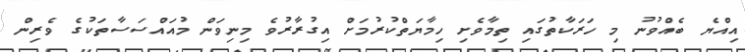
އިއްޔެ ބެއްވުނު މި ހަރަކާތުގައި ތިމާވެށި ހިމާޔަތްކުރުމަށް އިގުރާރުވެ މިނިވަން މުއައްސަސާތަކުގެ ވެރިން